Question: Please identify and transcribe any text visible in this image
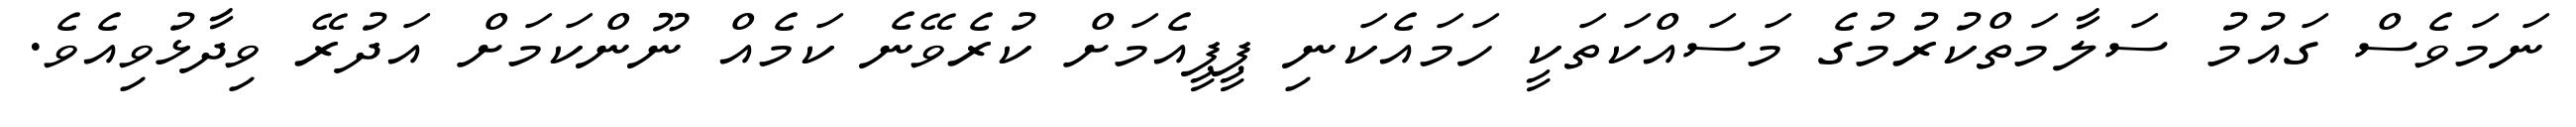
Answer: ނަމަވެސް ގައުމު ސަލާމަތްކުރުމުގެ މަސައްކަތަކީ ހަމައެކަނި ޕީޕީއެމަށް ކުރެވޭނެ ކަމެއް ނޫންކަމަށް އަދުރޭ ވިދާޅުވިއެވެ.